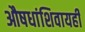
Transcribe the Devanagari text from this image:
औषधांशिवायही